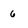
Character: 6